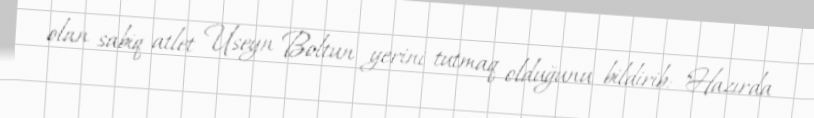
olan sabiq atlet Useyn Boltun yerini tutmaq olduğunu bildirib: "Hazırda